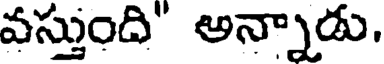
వస్తుంది" అన్నాడు.